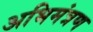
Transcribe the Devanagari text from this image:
अभिमंत्रण